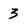
Character: 3